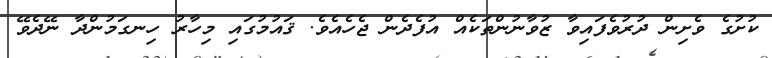
ކުށުގެ ވެށިން ދުރުވެފައިވާ ޒުވާނުންތަކެއް އުފެދެން ޖެހެއެވެ. ޤައުމުގައި މިހާރު ހިނގަމުންދާ ނޭދެވޭ